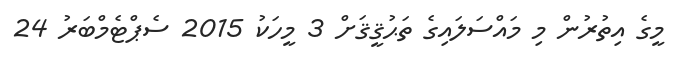
މީގެ އިތުރުން މި މައްސަލައިގެ ތަޙުޤީޤަށް 3 މީހަކު 2015 ސެޕްޓެމްބަރު 24